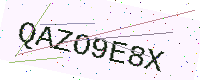
Text: QAZO9E8X